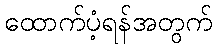
ထောက်ပံ့ရန်အတွက်